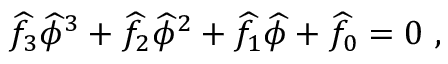
\widehat { f } _ { 3 } \widehat { \phi } ^ { 3 } + \widehat { f } _ { 2 } \widehat { \phi } ^ { 2 } + \widehat { f } _ { 1 } \widehat { \phi } + \widehat { f } _ { 0 } = 0 \ ,